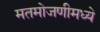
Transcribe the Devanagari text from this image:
मतमोजणीमध्ये